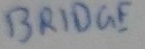
Text: BRIDGE